255_413270_UFO's_and_Defense_What_Should_we_Prepare_For
Agency: NASA
Page 58
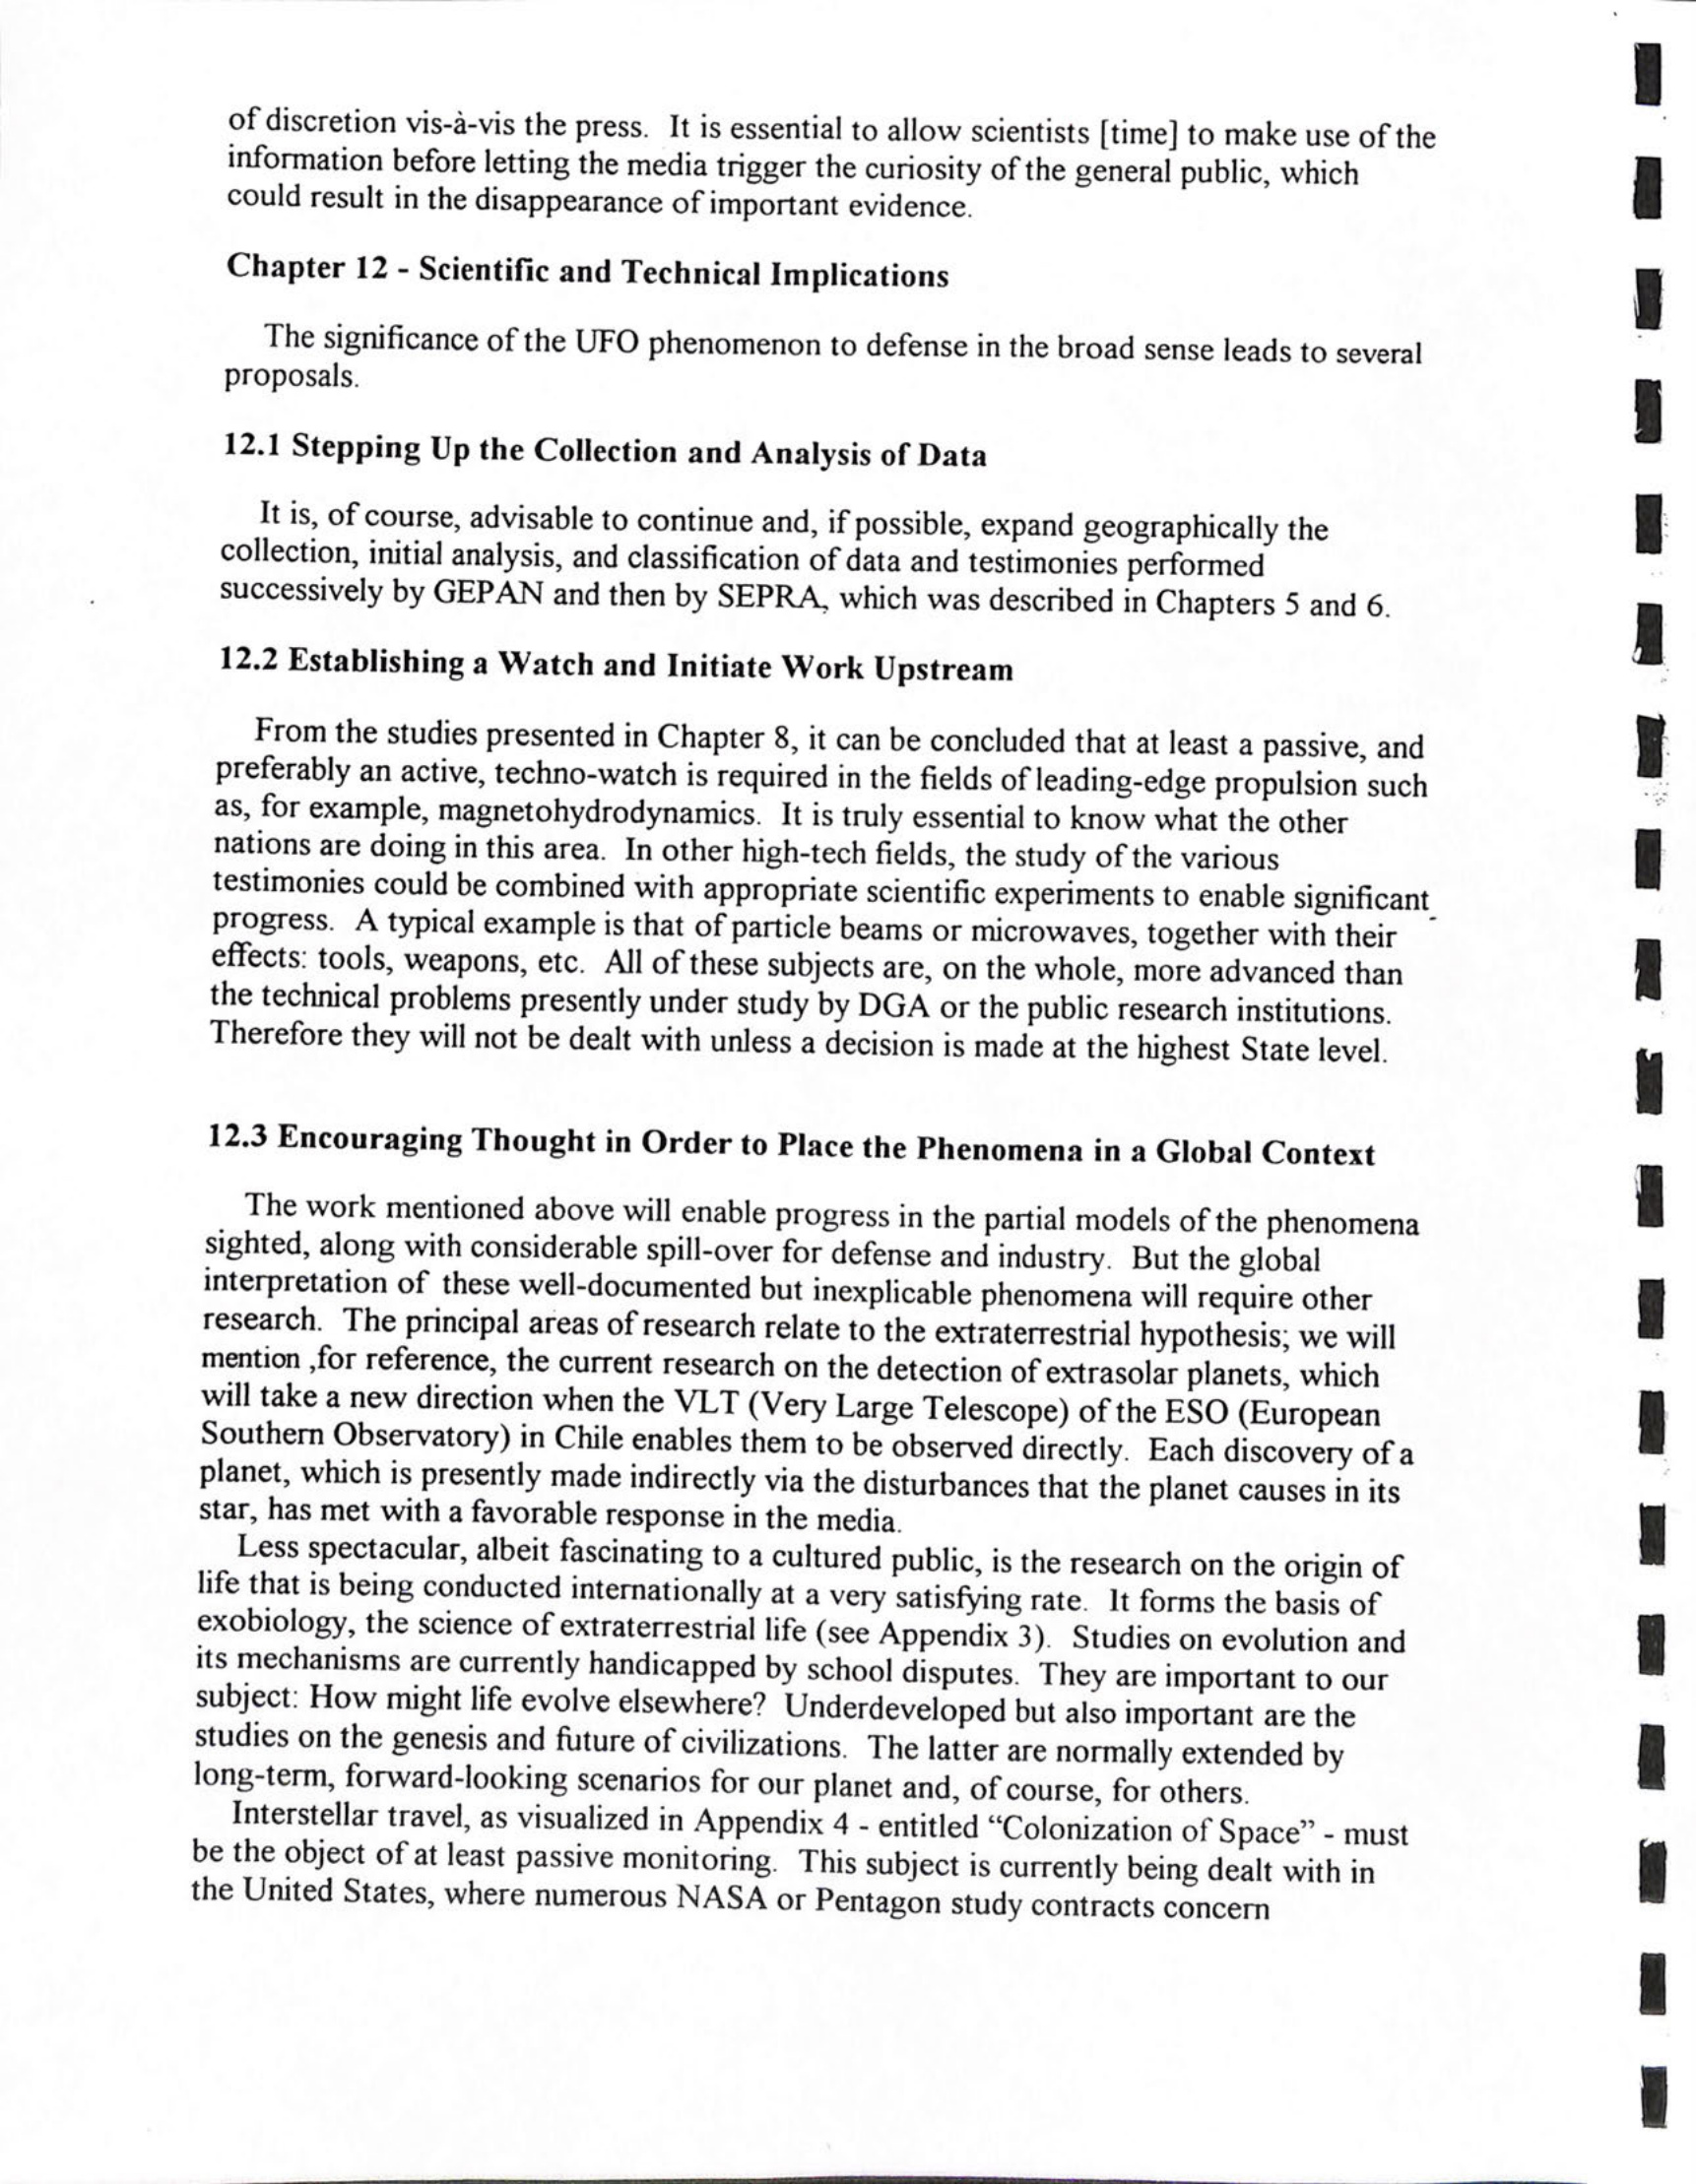